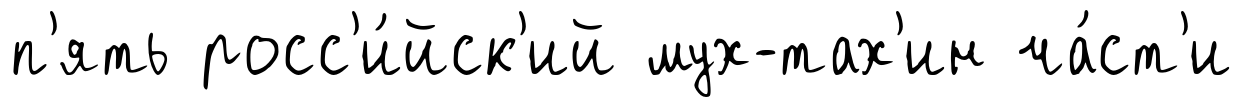
п'ять росс'и́йск'ий мух-тах'ин ча́ст'и